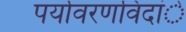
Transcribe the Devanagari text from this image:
पर्यावरणविदांे